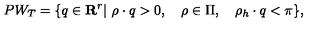
P W _ { T } = \{ q \in { \bf R } ^ { r } | \ \rho \cdot q > 0 , \quad \rho \in \Pi , \quad \rho _ { h } \cdot q < \pi \} ,